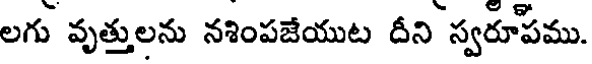
లగు వృత్తులను నశింపజేయుట దీని స్వరూపము.